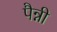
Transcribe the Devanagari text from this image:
पैन्नी